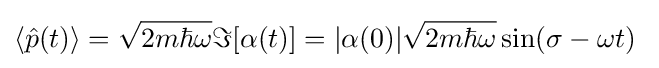
\langle {\hat {p}}(t)\rangle ={\sqrt {2m\hbar \omega }}\Im [\alpha (t)]=|\alpha (0)|{\sqrt {2m\hbar \omega }}\sin(\sigma -\omega t)~